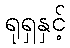
ရုရှနှင့်